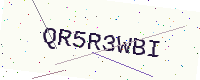
Text: QR5R3WBI